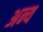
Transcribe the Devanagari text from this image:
अन्य